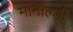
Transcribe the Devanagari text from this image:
मोनाल्डी